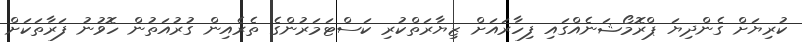
ކުރިޔަށް ގެންދިޔަ ޕްރޮމޯޝަނެއްގައި ފިހާރައަށް ޒިޔާރަތްކުރި ކަސްޓަމަރުންގެ ތެރެއިން ގުރުއަތުން ހޮވުނު ފަރާތަކަށް